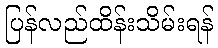
ပြန်လည်ထိန်းသိမ်းရန်